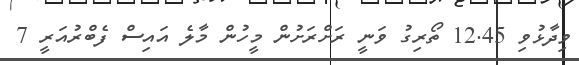
ވިދާޅުވި 12.45 ތޯރިގު ވަނީ ރަށްރަށުން މީހުން މާލެ އައިސް ފެބްރުއަރީ 7